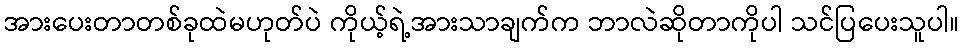
အားပေးတာတစ်ခုထဲမဟုတ်ပဲ ကိုယ့်ရဲ့အားသာချက်က ဘာလဲဆိုတာကိုပါ သင်ပြပေးသူပါ။